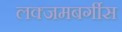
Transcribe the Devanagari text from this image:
लक्जमबर्गीस